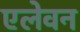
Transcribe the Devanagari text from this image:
एलेवन